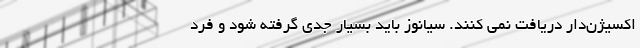
اکسیژن‌دار دریافت نمی کنند. سیانوز باید بسیار جدی گرفته شود و فرد